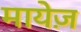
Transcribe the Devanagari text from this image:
मायेज़